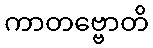
ကာတဗ္ဗောတိ